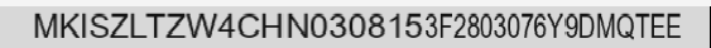
MKISZLTZW4CHN0308153F2803076Y9DMQTEE